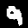
Digit: 9